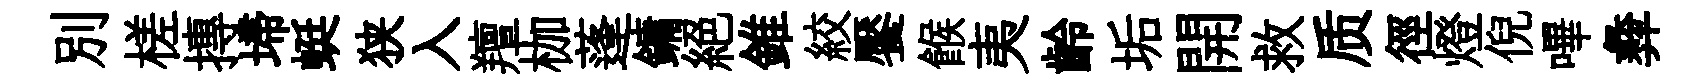
别槎摶埽蜓狭入羶枷蓬鏞絶錐絞饜餱夷齡垢開救质徑燈倪嗶彜